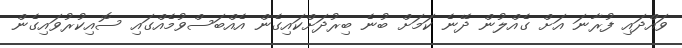
ވައްދައި ފުރާނަ އަށް ގެއްލުން ދޭނެ ކަމަށް ބުނެ ބިރުދަށްކައިގެން އެއްބަސްވުމެއްގައި ސޮއިކުރުވައިގެން